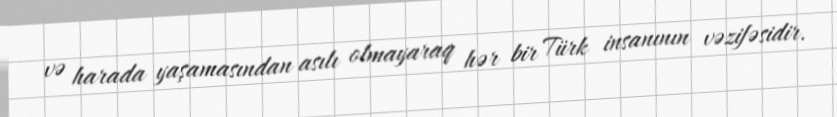
və harada yaşamasından asılı olmayaraq hər bir Türk insanının vəzifəsidir.